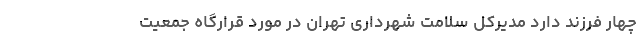
چهار فرزند دارد مدیرکل سلامت شهرداری تهران در مورد قرارگاه جمعیت